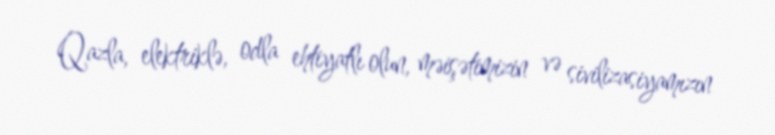
Qazla, elektriklə, odla ehtiyatlı olun, məişətimizin və sivilizasiyamızın